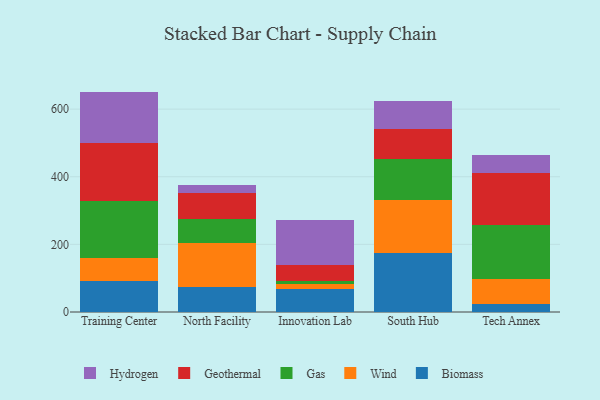
{"axis": {"x": "Campus", "y": "Operating Costs (USD K)"}, "legend": ["Biomass", "Gas", "Geothermal", "Hydrogen", "Wind"], "data": [{"x": "Training Center", "y": 91.4, "type": "Biomass"}, {"x": "Training Center", "y": 69.5, "type": "Wind"}, {"x": "Training Center", "y": 168.7, "type": "Gas"}, {"x": "Training Center", "y": 171.2, "type": "Geothermal"}, {"x": "Training Center", "y": 151.0, "type": "Hydrogen"}, {"x": "North Facility", "y": 72.9, "type": "Biomass"}, {"x": "North Facility", "y": 129.8, "type": "Wind"}, {"x": "North Facility", "y": 72.6, "type": "Gas"}, {"x": "North Facility", "y": 76.5, "type": "Geothermal"}, {"x": "North Facility", "y": 23.3, "type": "Hydrogen"}, {"x": "Innovation Lab", "y": 68.5, "type": "Biomass"}, {"x": "Innovation Lab", "y": 13.0, "type": "Wind"}, {"x": "Innovation Lab", "y": 9.4, "type": "Gas"}, {"x": "Innovation Lab", "y": 48.3, "type": "Geothermal"}, {"x": "Innovation Lab", "y": 133.9, "type": "Hydrogen"}, {"x": "South Hub", "y": 173.9, "type": "Biomass"}, {"x": "South Hub", "y": 157.4, "type": "Wind"}, {"x": "South Hub", "y": 121.8, "type": "Gas"}, {"x": "South Hub", "y": 88.5, "type": "Geothermal"}, {"x": "South Hub", "y": 81.9, "type": "Hydrogen"}, {"x": "Tech Annex", "y": 22.6, "type": "Biomass"}, {"x": "Tech Annex", "y": 75.7, "type": "Wind"}, {"x": "Tech Annex", "y": 159.7, "type": "Gas"}, {"x": "Tech Annex", "y": 152.4, "type": "Geothermal"}, {"x": "Tech Annex", "y": 53.4, "type": "Hydrogen"}]}